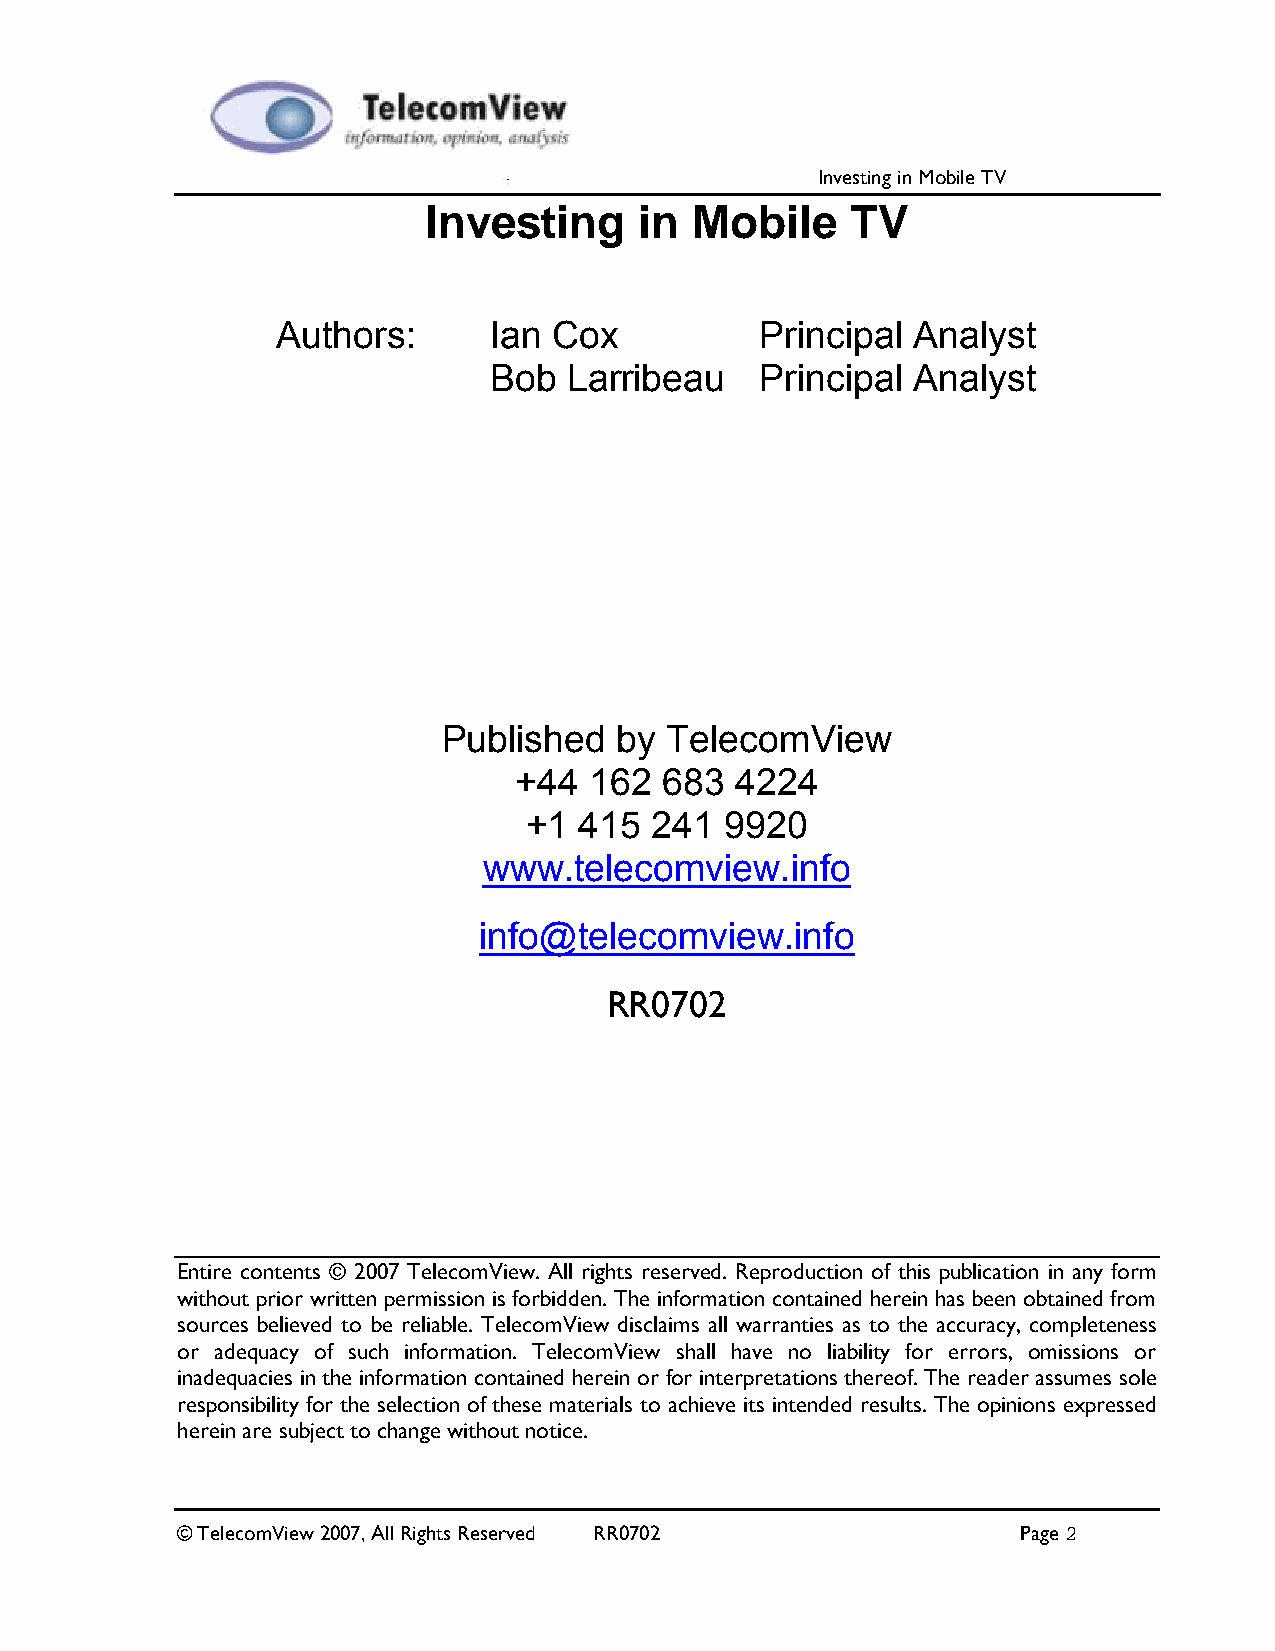
Investing in Mobile TV
 Investing     in  Mobile    TV
 Authors:      Ian  Cox          Principal Analyst
 Bob   Larribeau   Principal Analyst
 Published   by TelecomView
 +44  162  683  4224
 +1 415  241  9920
 www.telecomview.info
 info@telecomview.info
 RR0702
 Entire contents © 2007 TelecomView. All rights reserved. Reproduction of this publication in any form
 without prior written permission is forbidden. The information contained herein has been obtained from
 sources believed to be reliable. TelecomView disclaims all warranties as to the accuracy, completeness
 or adequacy of such information. TelecomView shall have no liability for errors, omissions or
 inadequacies in the information contained herein or for interpretations thereof. The reader assumes sole
 responsibility for the selection of these materials to achieve its intended results. The opinions expressed
 herein are subject to change without notice.
 © TelecomView 2007, All Rights Reserved RR0702          Page 2